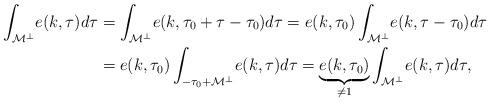
LaTeX: \begin{align*}\int_{\mathcal{M}^\perp}\! e(k,\tau) d\tau & = \int_{\mathcal{M}^\perp}\! e(k,\tau_0+\tau-\tau_0) d\tau = e(k,\tau_0) \int_{\mathcal{M}^\perp}\! e(k,\tau-\tau_0) d\tau \\& = e(k,\tau_0) \int_{-\tau_0+\mathcal{M}^\perp}\! e(k,\tau) d\tau = \underbrace{e(k,\tau_0)}_{\neq 1} \int_{\mathcal{M}^\perp}\! e(k,\tau) d\tau,\end{align*}